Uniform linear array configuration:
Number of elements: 12
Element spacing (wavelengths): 0.75
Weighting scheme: hamming
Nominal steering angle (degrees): -45
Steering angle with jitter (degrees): -46.948
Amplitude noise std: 0.05
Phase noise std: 0.05

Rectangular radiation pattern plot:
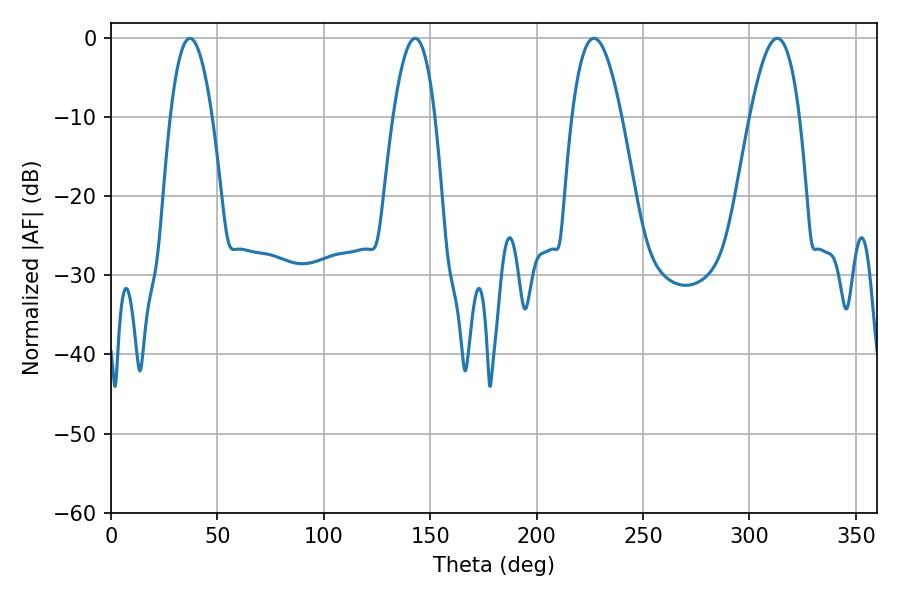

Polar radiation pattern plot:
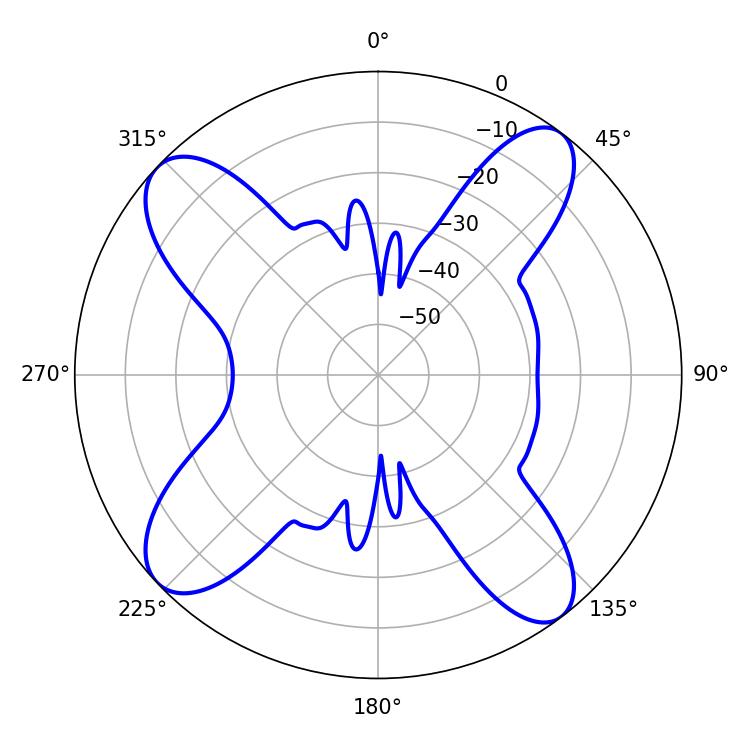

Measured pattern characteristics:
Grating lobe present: TRUE
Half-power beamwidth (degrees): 10.8
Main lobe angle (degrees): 37.08